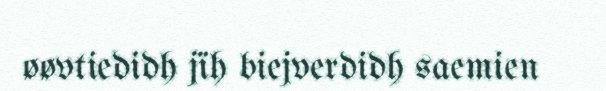
øøvtiedidh jïh biejverdidh saemien